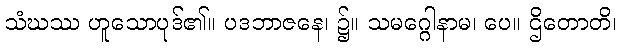
သံဃဿ ဟူသောပုဒ်၏။ ပဒဘာဇနေ၊ ၌။ သမဂ္ဂေါနာမ၊ ပေ။ ဌိတောတိ၊